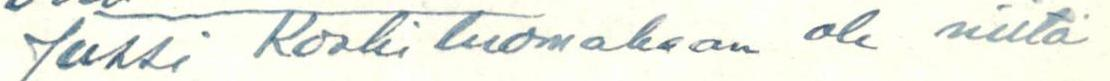
Jussi Koskiluomakaan ole niitä